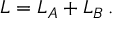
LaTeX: L = L _ { A } + L _ { B } \, .